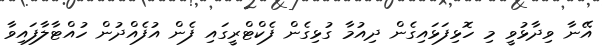
އޭނާ ވިދާޅުވީ މި ހޮޅިފަޅައިގެން ދިއުމާ ގުޅިގެން ފެކްޓްރީގައި ފެން އުފެއްދުން ހުއްޓާލާފައިވާ